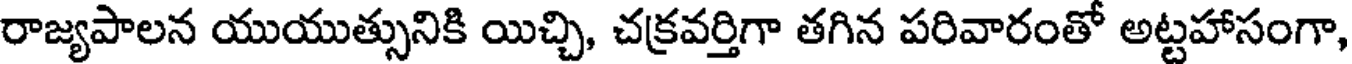
రాజ్యపాలన యుయుత్సునికి యిచ్చి, చక్రవర్తిగా తగిన పరివారంతో అట్టహాసంగా,